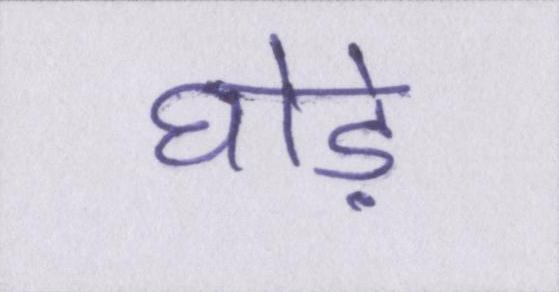
घोड़े